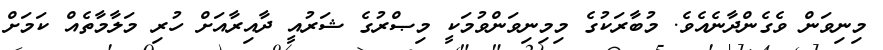
މިނިވަން ވެގެންދާނެއެވެ. މުބާރަކުގެ މިމިނިވަންވުމަކީ މިޞްރުގެ ޝަރުއީ ދާއިރާއަށް ހުރި މަލާމާތެއް ކަމަށް